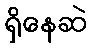
ရှိနေဆဲ